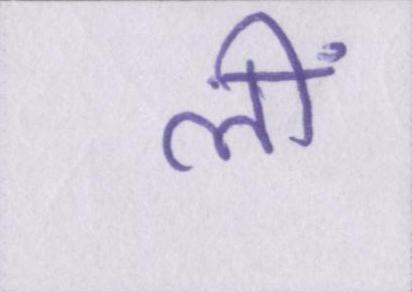
लीं